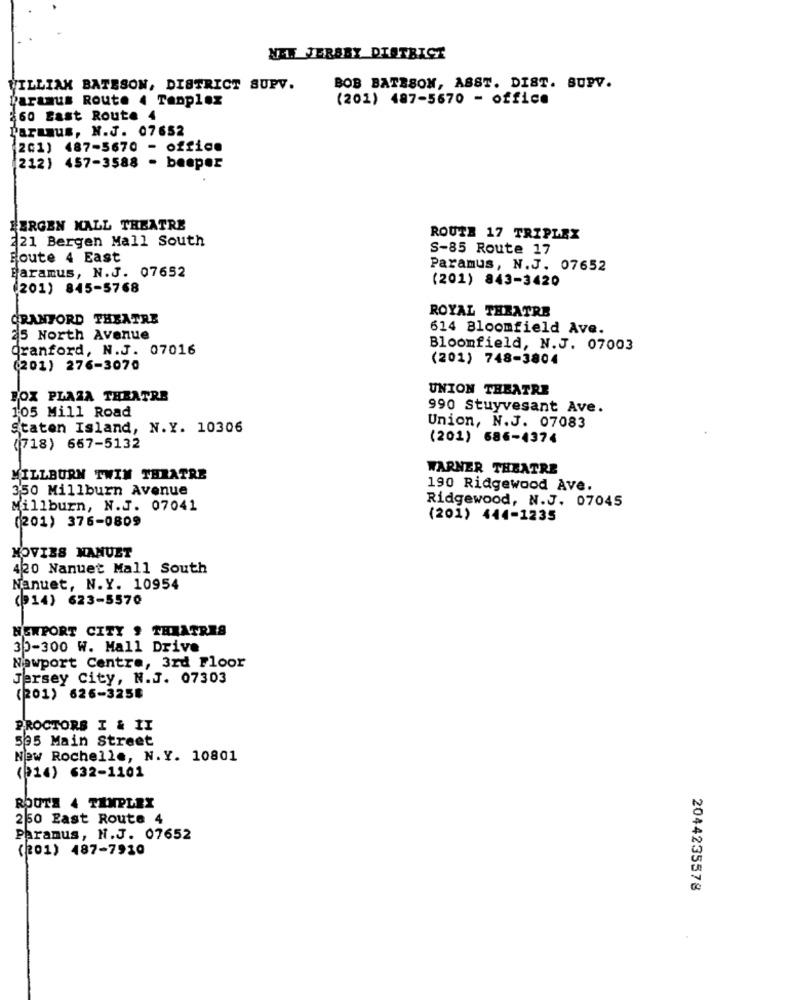
NEW JERSEY DISTRICT
WILLIAM BATESON, DISTRICT SUPV.
BOB BATESON, ASST. DIST. SUPV.
paramus Route 4 Tanplex
(201) 487-5670 - office
260 Bast Route 4
Paramus, N.J. 07652
201)
487-5670 - office
212) 457-3588 - beeper
ERGEN MALL THEATRE
ROUTE 17 TRIPLEX
221 Bergen Mall South
S-85 Route 17
Foute 4 East
Paramus, N.J. 07652
Paramus, N.J. 07652
(201) 843-3420
(201) 845-5768
ROYAL THRATRE
CRANFORD THEATRE
614 Bloomfield Ave.
25 North Avenue
Oranford, N.J. 07016
Bloomfield, N.J. 07003
(201) 748-3804
(201) 276-3070
UNION THEATRE
FOX PLAZA THEATRE
105 Mill Road
990 Stuyvesant Ave.
Staten Island, N.Y. 10306
Union, N.J. 07083
(201) 686-4374
(718) 667-5132
WARNER THEATRE
MILLBURN TWIN THRATRE
350 Millburn Avenue
190 Ridgewood Ave.
Ridgewood, N.J. 07045
Millburn, N.J. 07041
(201) 376-0809
(201) 444-1235
MOVIES MANUET
420 Nanuet Mall South
Nanuet, N.Y. 10954
(914) 623-5570
NEWPORT CITY , THEATRES
30-300 W. Mall Drive
Newport Centre, 3rd Floor
Jersey City, N.J. 07303
(201) 626-3258
PROCTORS I & II
535 Main Street
New Rochelle, N.Y. 10801
(914) 632-1101
ROUTE 4 TEMPLEX
250 East Route 4
Paramus, N.J. 07652
(201) 487-7910
2044235578